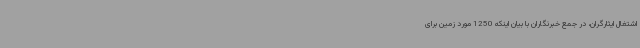
اشتغال ایثارگران، در جمع خبرنگاران با بیان اینکه 1250 مورد زمین برای